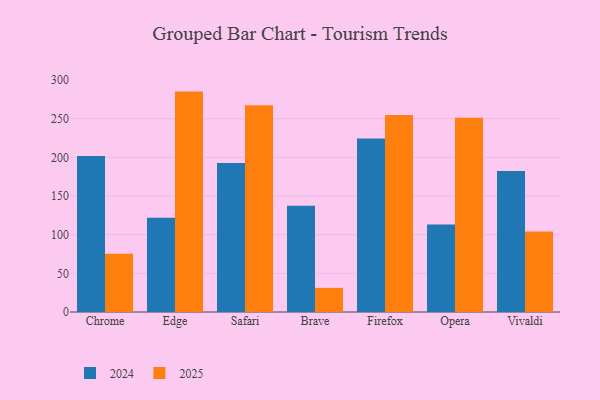
{"axis": {"x": "Browser", "y": "LTV (USD)"}, "legend": ["2024", "2025"], "data": [{"x": "Chrome", "y": 75.2, "type": "2025"}, {"x": "Chrome", "y": 201.9, "type": "2024"}, {"x": "Edge", "y": 285.1, "type": "2025"}, {"x": "Edge", "y": 122.0, "type": "2024"}, {"x": "Safari", "y": 267.4, "type": "2025"}, {"x": "Safari", "y": 192.7, "type": "2024"}, {"x": "Brave", "y": 31.2, "type": "2025"}, {"x": "Brave", "y": 137.3, "type": "2024"}, {"x": "Firefox", "y": 254.7, "type": "2025"}, {"x": "Firefox", "y": 224.3, "type": "2024"}, {"x": "Opera", "y": 251.4, "type": "2025"}, {"x": "Opera", "y": 113.2, "type": "2024"}, {"x": "Vivaldi", "y": 104.2, "type": "2025"}, {"x": "Vivaldi", "y": 182.4, "type": "2024"}]}